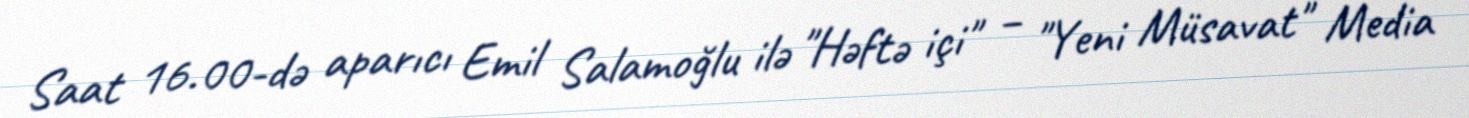
Saat 16.00-də aparıcı Emil Salamoğlu ilə "Həftə içi" – "Yeni Müsavat" Media